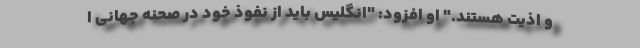
و اذیت هستند." او افزود: "انگلیس باید از نفوذ خود در صحنه جهانی ا